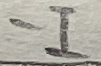
Text: -I